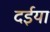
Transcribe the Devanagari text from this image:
दईया